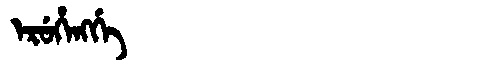
Manchu: ᡝᡵᡠᡥᡝᠩᡤᡝ
Romanization: ERUHENGGE